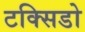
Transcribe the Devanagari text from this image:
टक्सिडो